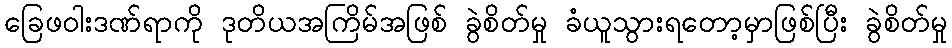
ခြေဖဝါးဒဏ်ရာကို ဒုတိယအကြိမ်အဖြစ် ခွဲစိတ်မှု ခံယူသွားရတော့မှာဖြစ်ပြီး ခွဲစိတ်မှု